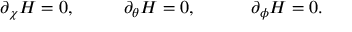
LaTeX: \partial _ { \chi } { \cal H } = 0 , ~ ~ ~ ~ ~ ~ ~ ~ \partial _ { \theta } { \cal H } = 0 , ~ ~ ~ ~ ~ ~ ~ ~ ~ \partial _ { \phi } { \cal H } = 0 .